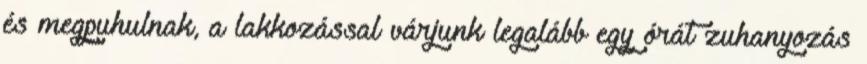
és megpuhulnak, a lakkozással várjunk legalább egy órát zuhanyozás